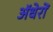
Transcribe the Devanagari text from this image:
ॲधेरों